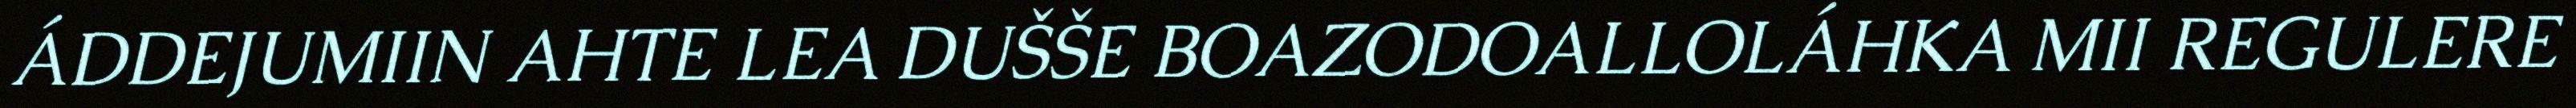
ÁDDEJUMIIN AHTE LEA DUŠŠE BOAZODOALLOLÁHKA MII REGULERE